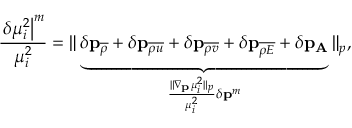
\frac { \left. \delta \mu _ { i } ^ { 2 } \right| ^ { m } } { \mu _ { i } ^ { 2 } } = \| \underbrace { \delta \mathbf { p } _ { \overline { { { \rho } } } } + \delta \mathbf { p } _ { \overline { { { \rho u } } } } + \delta \mathbf { p } _ { \overline { { { \rho v } } } } + \delta \mathbf { p } _ { \overline { { { \rho E } } } } + \delta \mathbf { p } _ { \mathbf { A } } } _ { \frac { \| \nabla _ { \mathbf { p } } \mu _ { i } ^ { 2 } \| _ { p } } { \mu _ { i } ^ { 2 } } \delta \mathbf { p } ^ { m } } \| _ { p } ,